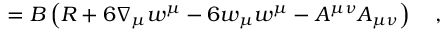
= B \left( R + 6 \nabla _ { \mu } w ^ { \mu } - 6 w _ { \mu } w ^ { \mu } - A ^ { \mu \nu } A _ { \mu \nu } \right) ~ ~ ~ ,